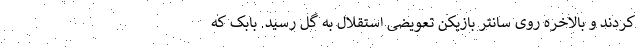
کردند و بالاخره روی سانتر بازیکن تعویضی استقلال به گل رسید. بابک که